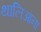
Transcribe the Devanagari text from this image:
थालिआना